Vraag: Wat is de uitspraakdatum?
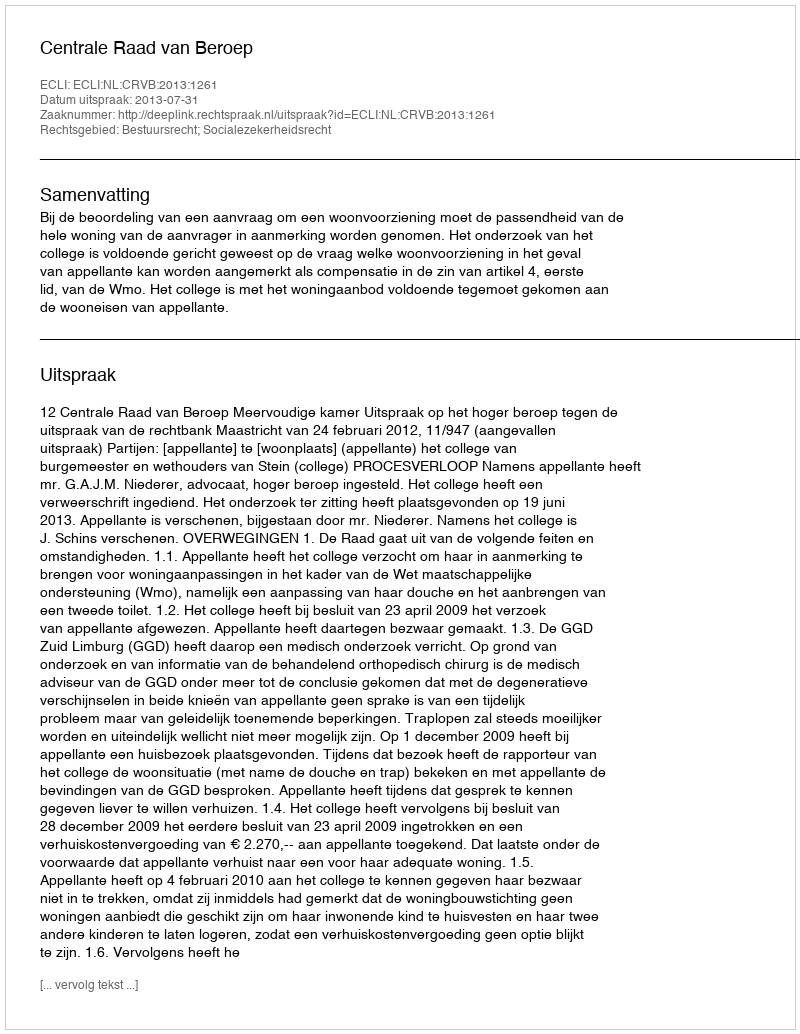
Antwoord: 2013-07-31